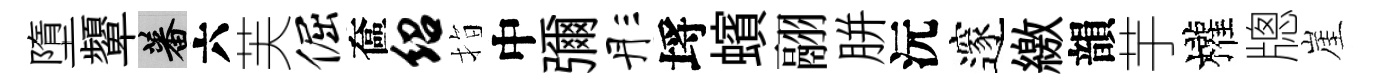
墮顰蕃六芙倔奩绍指中彌彤埓蠙翮胼沅邃繳韻芋權牕崖